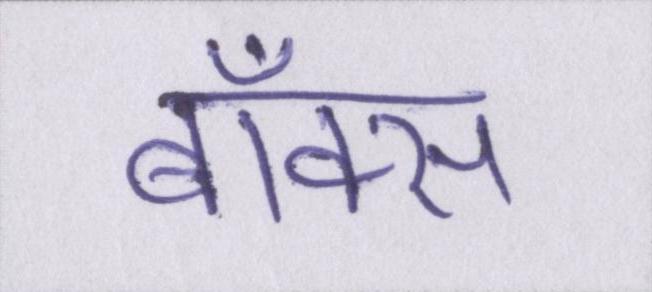
बॉक्स